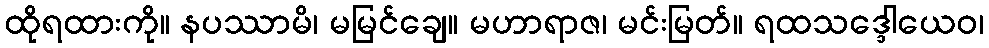
ထိုရထားကို။ နပဿာမိ၊ မမြင်ချေ။ မဟာရာဇ၊ မင်းမြတ်။ ရထသဒ္ဒေါယေဝ၊